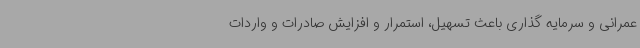
عمرانی و سرمایه گذاری باعث تسهیل، استمرار و افزایش صادرات و واردات